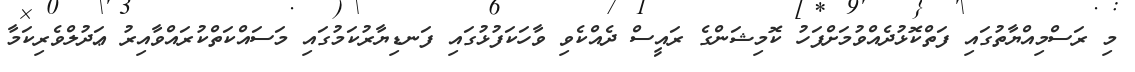
މި ރަސްމިއްޔާތުގައި ފަތްކޮޅުދެއްވުމަށްފަހު ކޮމިޝަންގެ ރައީސް ދެއްކެވި ވާހަކަފުޅުގައި ފަނޑިޔާރުކަމުގައި މަސައްކަތްކުރައްވާއިރު ޢަދުލްވެރިކަމާ